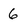
Character: 6